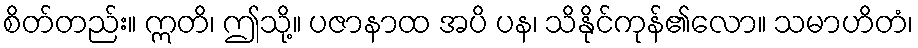
စိတ်တည်း။ ဣတိ၊ ဤသို့။ ပဇာနာထ အပိ ပန၊ သိနိုင်ကုန်၏လော။ သမာဟိတံ၊